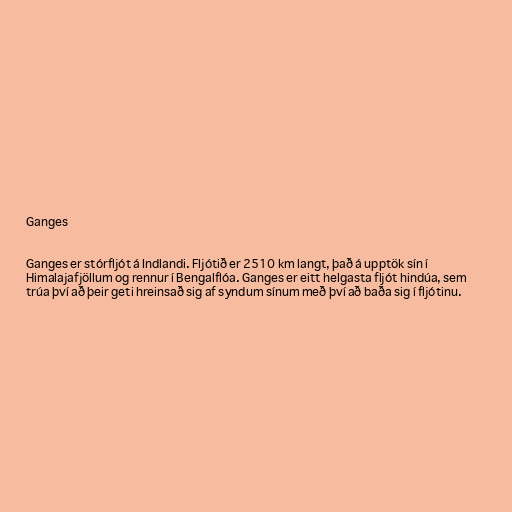
Ganges

Ganges er stórfljót á Indlandi. Fljótið er 2510 km langt, það á upptök sín í
Himalajafjöllum og rennur í Bengalflóa. Ganges er eitt helgasta fljót hindúa, sem
trúa því að þeir geti hreinsað sig af syndum sínum með því að baða sig í fljótinu.